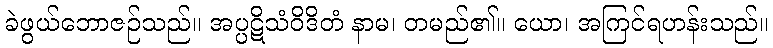
ခဲဖွယ်ဘောဇဉ်သည်။ အပ္ပဋိသံဝိဒိတံ နာမ၊ တမည်၏။ ယော၊ အကြင်ရဟန်းသည်။